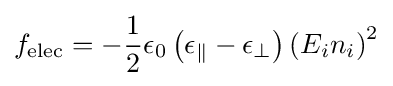
f_{\text{elec}}=-{\frac {1}{2}}\epsilon _{0}\left(\epsilon _{\parallel }-\epsilon _{\bot }\right)\left(E_{i}n_{i}\right)^{2}